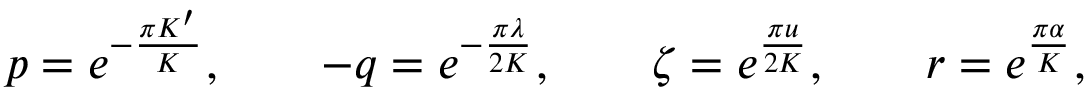
p = e ^ { - \frac { \pi K ^ { \prime } } { K } } , \qquad - q = e ^ { - \frac { \pi \lambda } { 2 K } } , \qquad \zeta = e ^ { \frac { \pi u } { 2 K } } , \qquad r = e ^ { \frac { \pi \alpha } { K } } ,